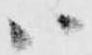
ハ